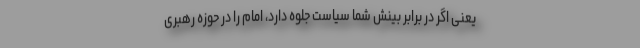
یعنی اگر در برابر بینش شما سیاست جلوه دارد، امام را در حوزه رهبری